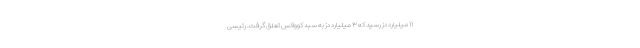
۱۱ میلیارد دز رسید که ۳ میلیارد دز به سبد کوواکس تعلق گرفت. رئیسی